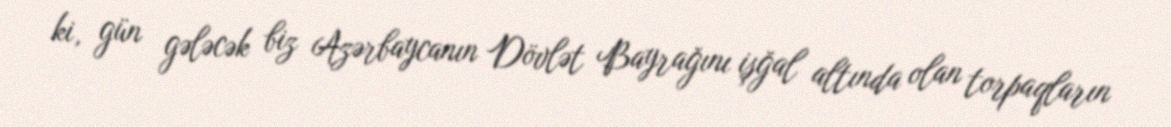
ki, gün gələcək biz Azərbaycanın Dövlət Bayrağını işğal altında olan torpaqların